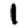
Digit: 1